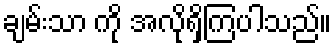
ချမ်းသာ ကို အလိုရှိကြပါသည်။